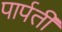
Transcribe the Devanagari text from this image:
पार्पती